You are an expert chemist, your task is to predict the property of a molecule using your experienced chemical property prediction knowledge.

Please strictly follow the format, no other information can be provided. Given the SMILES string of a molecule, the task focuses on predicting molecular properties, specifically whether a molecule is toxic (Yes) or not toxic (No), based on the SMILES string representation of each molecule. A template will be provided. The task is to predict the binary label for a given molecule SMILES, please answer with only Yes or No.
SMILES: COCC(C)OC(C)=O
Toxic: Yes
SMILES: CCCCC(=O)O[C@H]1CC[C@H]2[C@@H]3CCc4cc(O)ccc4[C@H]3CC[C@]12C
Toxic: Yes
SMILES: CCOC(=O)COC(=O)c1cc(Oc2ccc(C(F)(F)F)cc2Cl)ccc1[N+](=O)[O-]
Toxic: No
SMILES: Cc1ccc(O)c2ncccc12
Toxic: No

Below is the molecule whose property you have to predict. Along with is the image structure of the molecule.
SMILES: CCC1OCC(COc2ccc(Oc3ccccc3)cc2)O1
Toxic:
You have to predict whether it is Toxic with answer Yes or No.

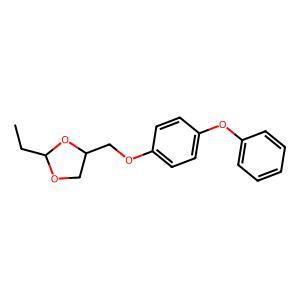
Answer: No